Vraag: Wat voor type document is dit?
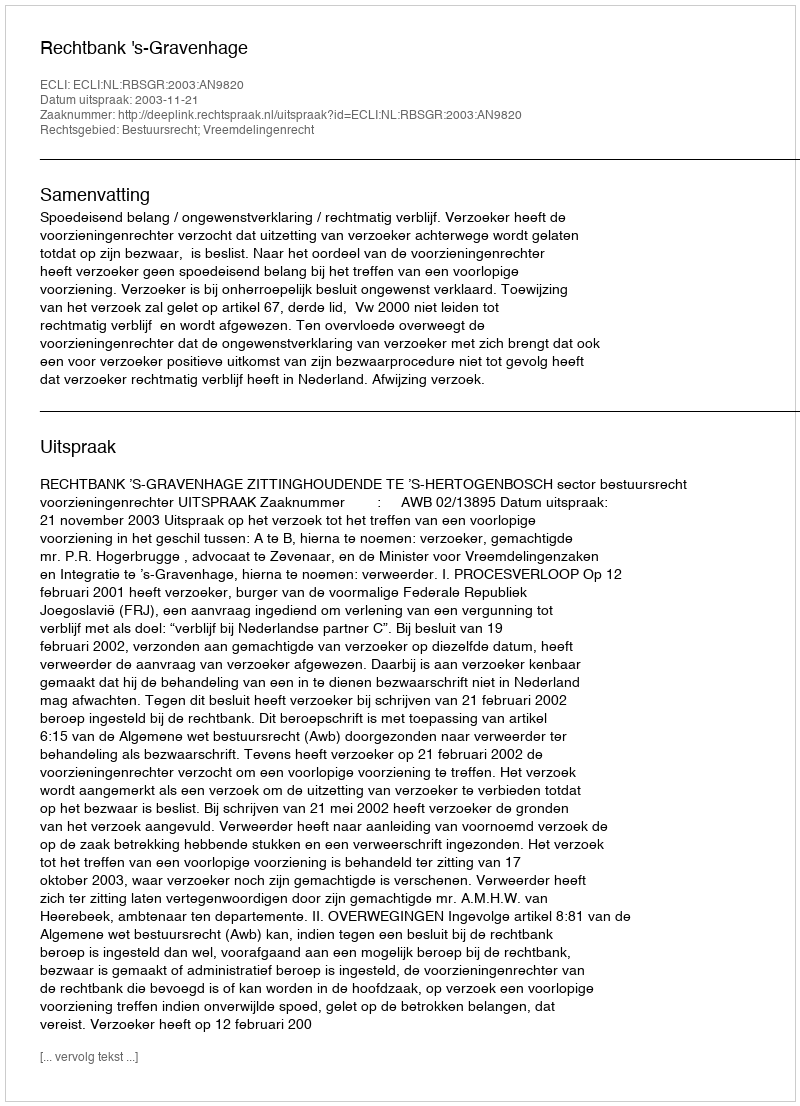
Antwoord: Uitspraak